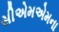
સીએમએમના